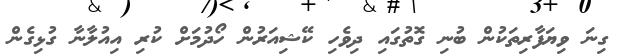
ގިނަ ވިޔަފާރިތަކުން ބުނި ގޮތުގައި ދިވެހި ކޭޝިއަރުން ހޯދުމަށް ކުރި އިއުލާނާ ގުޅިގެން